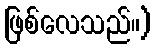
ဖြစ်လေသည်။)